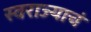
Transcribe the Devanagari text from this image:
स्वराज्याचं